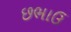
છભાઉ